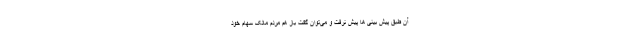
آن طبق پیش بینی ها پیش نرفت و می‌توان گفت باز هم مردم مالک سهام خود